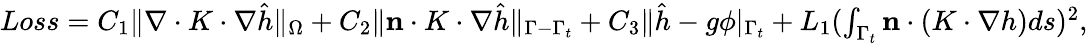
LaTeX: \begin{array}{r}{Loss=C_{1}\| \nabla\cdot K\cdot\nabla\hat{h}\| _{\Omega}+C_{2}\| \mathbf{n}\cdot K\cdot\nabla\hat{h}\| _{\Gamma-\Gamma_{t}}+C_{3}\| \hat{h}-g\phi|_{\Gamma_{t}}+L_{1}(\int_{\Gamma_{t}}\mathbf{n}\cdot(K\cdot\nabla h)ds)^{2},}\end{array}